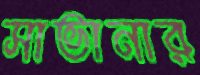
সাভানার